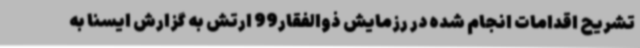
تشریح اقدامات انجام شده در رزمایش ذوالفقار99 ارتش به گزارش ایسنا به